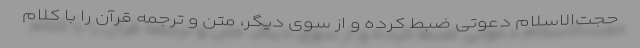
حجت‌الاسلام دعوتی ضبط کرده و از سوی دیگر، متن و ترجمه قرآن را با کلام